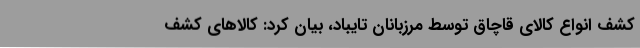
کشف انواع کالای قاچاق توسط مرزبانان تایباد، بیان کرد: کالاهای کشف